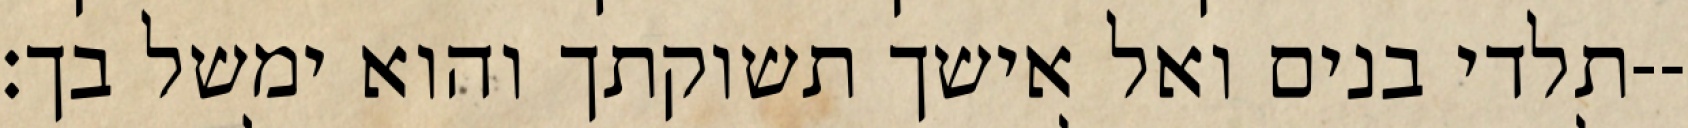
תלדי בנים ואל אישך תשוקתך והוא ימשל בך׃--